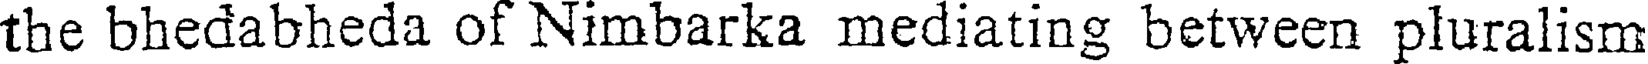
the bhedabheda of Nimbarka mediating between pluralism